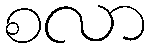
စလာ